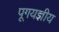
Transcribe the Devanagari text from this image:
पूगयज्ञीय